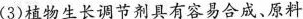
(3)植物生长调节剂具有容易合成、原料